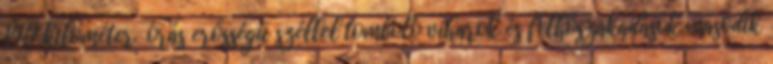
140 kilométer órás erősségű széllel tomboló viharok és felhőszakadások második